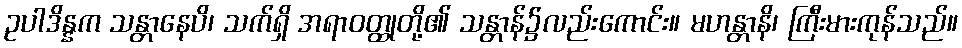
ဥပါဒိန္နက သန္တာနေပိ၊ သက်ရှိ အရာဝတ္ထုတို့၏ သန္တာန်၌လည်းကောင်း။ မဟန္တာနိ၊ ကြီးမားကုန်သည်။